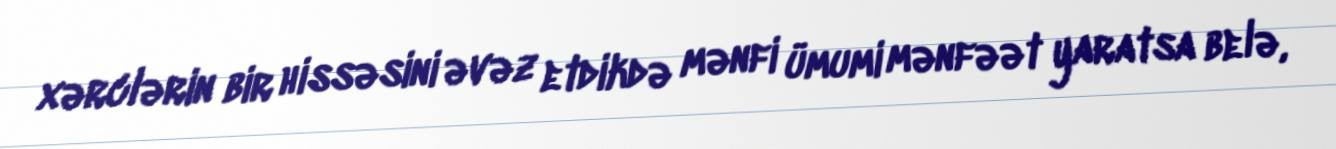
xərclərin bir hissəsini əvəz etdikdə mənfi ümumi mənfəət yaratsa belə,